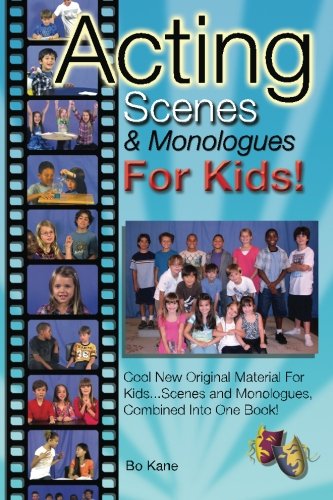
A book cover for Acting Scenes & Monologues For Kids!: Original Scenes and Monologues Combined Into One Very Special Book!; Bo Kane; Literature & Fiction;